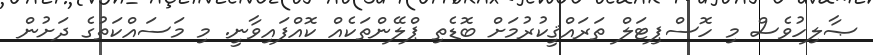
ޞާލިހުވެސް މި ހޮސްޕިޓަލް ތަރައްޤީކުރުމަށް ބޮޑެތި ޕްލޭންތަކެއް ކޮއްފައިވާނީ. މި މަސައްކަތުގެ ދަށުން